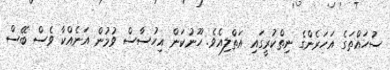
ސުހައްތަގެ އަހަރެންގެ ނިތްކުރީގައި އަތްލިއެވެ. ހޫނުކަން އިހުސާސް ވުމުން އަނެއްކާ ވެސް ބޭސް